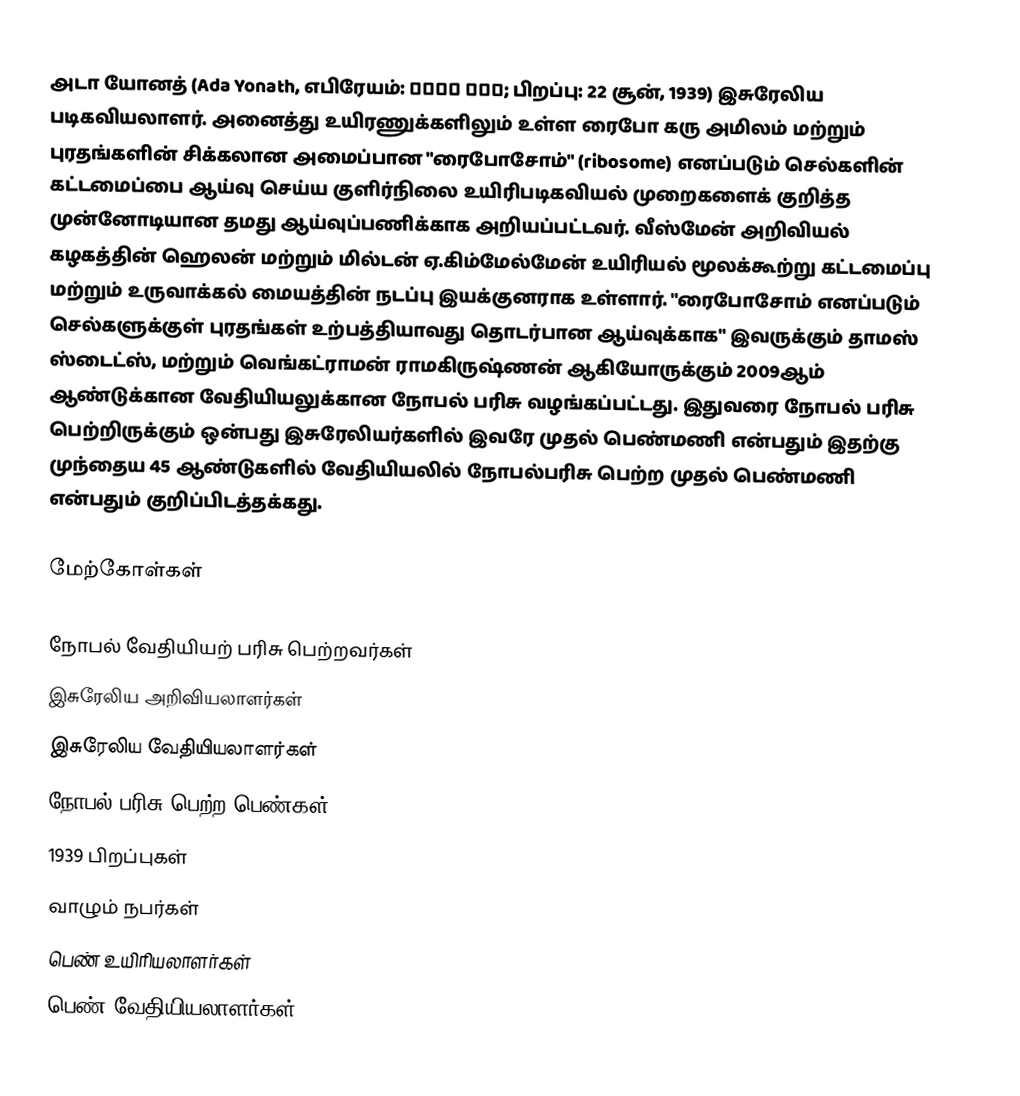
அடா யோனத் (Ada Yonath, எபிரேயம்: עדה יונת; பிறப்பு: 22 சூன், 1939) இசுரேலிய படிகவியலாளர். அனைத்து உயிரணுக்களிலும் உள்ள ரைபோ கரு அமிலம் மற்றும் புரதங்களின் சிக்கலான அமைப்பான "ரைபோசோம்" (ribosome) எனப்படும் செல்களின் கட்டமைப்பை ஆய்வு செய்ய குளிர்நிலை உயிரிபடிகவியல் முறைகளைக் குறித்த முன்னோடியான தமது ஆய்வுப்பணிக்காக அறியப்பட்டவர். வீஸ்மேன் அறிவியல் கழகத்தின் ஹெலன் மற்றும் மில்டன் ஏ.கிம்மேல்மேன் உயிரியல் மூலக்கூற்று கட்டமைப்பு மற்றும் உருவாக்கல் மையத்தின் நடப்பு இயக்குனராக உள்ளார். "ரைபோசோம் எனப்படும் செல்களுக்குள் புரதங்கள் உற்பத்தியாவது தொடர்பான ஆய்வுக்காக" இவருக்கும் தாமஸ் ஸ்டைட்ஸ், மற்றும் வெங்கட்ராமன் ராமகிருஷ்ணன் ஆகியோருக்கும் 2009ஆம் ஆண்டுக்கான வேதியியலுக்கான நோபல் பரிசு வழங்கப்பட்டது. இதுவரை நோபல் பரிசு பெற்றிருக்கும் ஒன்பது இசுரேலியர்களில் இவரே முதல் பெண்மணி என்பதும்  இதற்கு முந்தைய 45 ஆண்டுகளில் வேதியியலில் நோபல்பரிசு பெற்ற முதல் பெண்மணி என்பதும் குறிப்பிடத்தக்கது.

மேற்கோள்கள்

நோபல் வேதியியற் பரிசு பெற்றவர்கள்
இசுரேலிய அறிவியலாளர்கள்
இசுரேலிய வேதியியலாளர்கள்
நோபல் பரிசு பெற்ற பெண்கள்
1939 பிறப்புகள்
வாழும் நபர்கள்
பெண் உயிரியலாளர்கள்
பெண் வேதியியலாளர்கள்